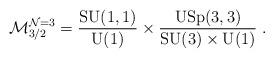
LaTeX: \begin{align*}\mathcal{M}^{\mathcal{N}=3}_{3/2}= \frac{\mathrm{SU}(1,1)}{\mathrm{U}(1)}\times \frac{\mathrm{USp}(3,3)}{\mathrm{SU}(3) \times \mathrm{U}(1)}~.\end{align*}